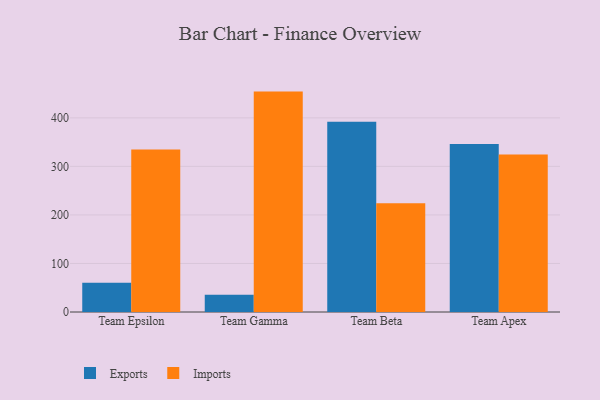
{"axis": {"x": "Team", "y": "Production Output"}, "legend": ["Exports", "Imports"], "data": [{"x": "Team Epsilon", "y": 60.3, "type": "Exports"}, {"x": "Team Epsilon", "y": 334.7, "type": "Imports"}, {"x": "Team Gamma", "y": 35.4, "type": "Exports"}, {"x": "Team Gamma", "y": 454.1, "type": "Imports"}, {"x": "Team Beta", "y": 392.0, "type": "Exports"}, {"x": "Team Beta", "y": 224.0, "type": "Imports"}, {"x": "Team Apex", "y": 346.3, "type": "Exports"}, {"x": "Team Apex", "y": 324.7, "type": "Imports"}]}